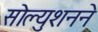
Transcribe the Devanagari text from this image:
सोल्युशनने